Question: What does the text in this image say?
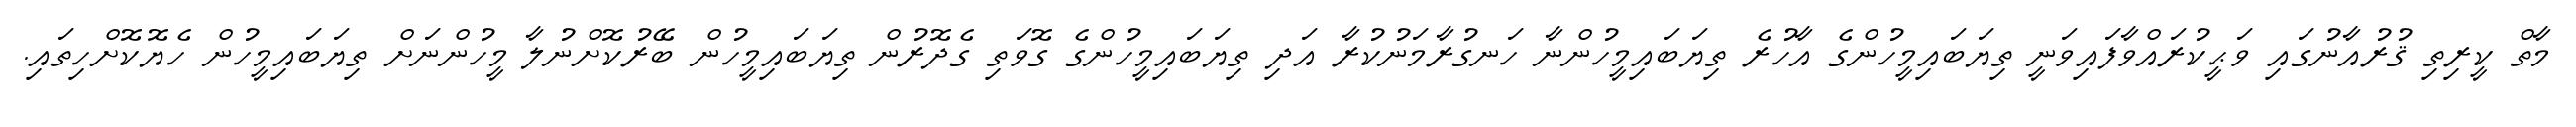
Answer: މާތް ކީރިތި ޤުރުއާނުގައި ވަޙީކުރައްވާފައިވަނީ ތިޔަބައިމީހުންގެ އާހުރެ ތިޔަބައިމީހުންނާ ހަނގުރާމަނުކުރާ އަދި ތިޔަބައިމީހުންގެ ގޮވަތި ގެދޮރުން ތިޔަބައިމީހުން ބޭރުކޮށްނުލާ މީހުންނަށް ތިޔަބައިމީހުން ހެޔޮކޮށްހިތައި.